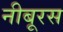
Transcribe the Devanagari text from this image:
नीबूरस